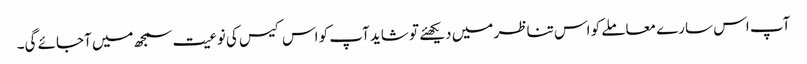
آپ اس سارے معاملے کو اس تناظر میں دیکھئے تو شاید آپ کو اس کیس کی نوعیت سمجھ میں آجائے گی۔